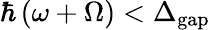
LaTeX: \hbar\left(\omega+\Omega\right)<\Delta_{\mathrm{gap}}